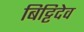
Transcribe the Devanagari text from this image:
बिट्टिदेव